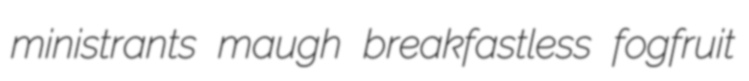
ministrants maugh breakfastless fogfruit